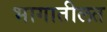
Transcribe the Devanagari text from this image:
भागातीलत